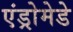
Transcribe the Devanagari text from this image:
एंड्रोमेडे